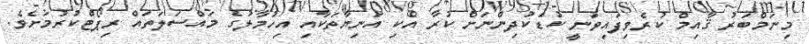
މިނަމްބަރު ޤާއިމް ކުރެވިފައިވަނީ ކުޑަކުދިންނަށް ކުރާ އެކި އަނިޔާތަކާއި އިހުމާލުގެ މައްސަލަތައް ރިޕޯޓްކުރުމަށެވެ.